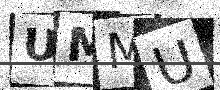
Text: UMMU